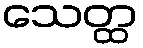
သေတ္ထ